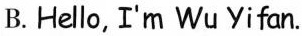
B.Hello, I'm Wu Yifan.